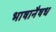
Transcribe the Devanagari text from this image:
भाषानैषध